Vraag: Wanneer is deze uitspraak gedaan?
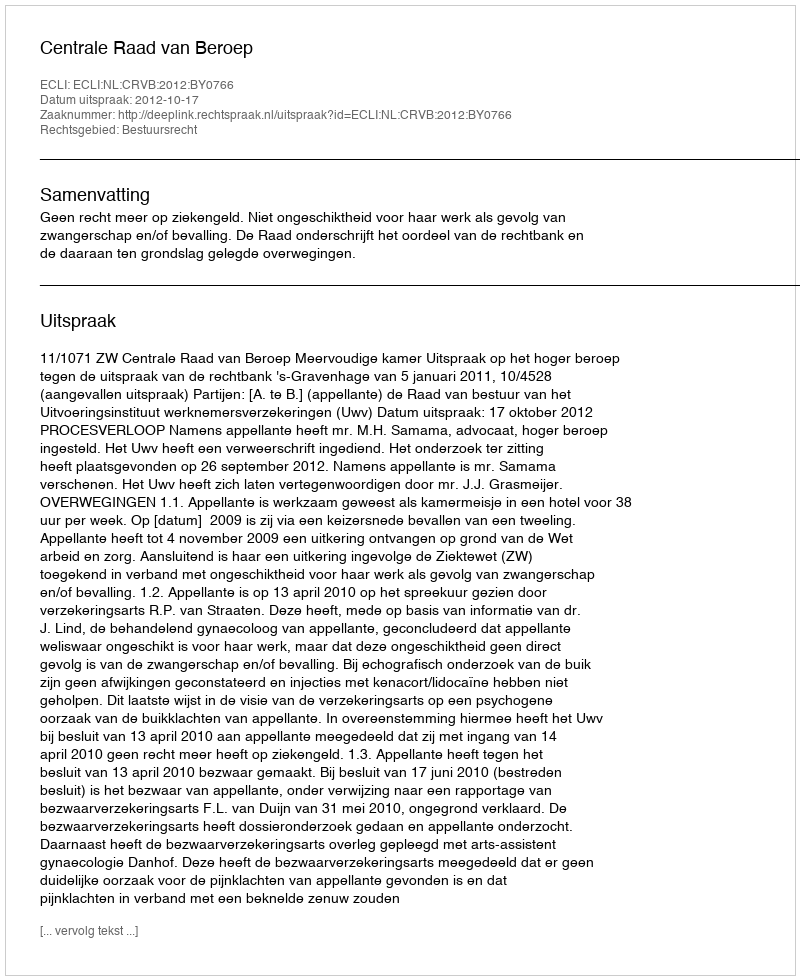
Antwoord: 2012-10-17